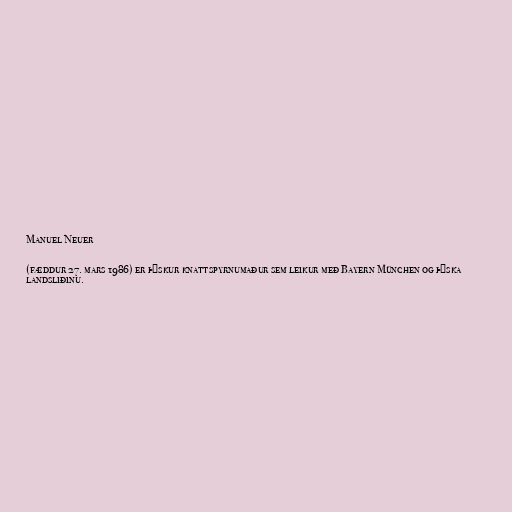
Manuel Neuer

(fæddur 27. mars 1986) er þýskur knattspyrnumaður sem leikur með Bayern München og þýska
landsliðinu.